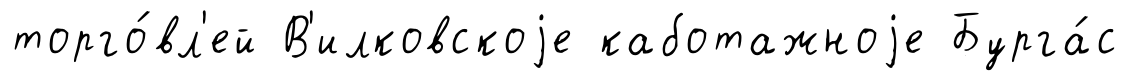
торго́вл'ей В'илковскоjе каботажноjе Бурга́с